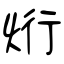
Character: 烆